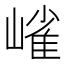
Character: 𭗋